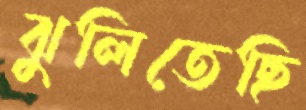
ঝুলিতেছি